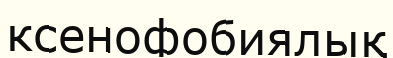
ксенофобиялық